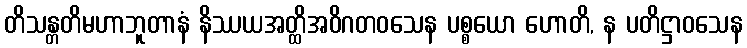
တိသန္တတိမဟာဘူတာနံ နိဿယအတ္ထိအဝိဂတဝသေန ပစ္စယော ဟောတိ, န ပတိဋ္ဌာဝသေန